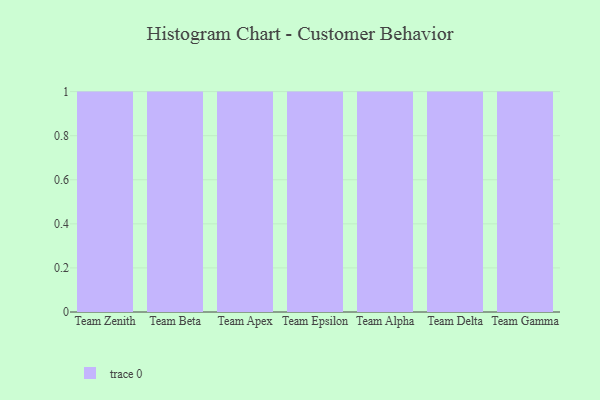
{"axis": {"x": "Team", "y": "Waste Production (Tons)"}, "legend": [""], "data": [{"x": "Team Zenith", "y": 19, "type": ""}, {"x": "Team Beta", "y": 68, "type": ""}, {"x": "Team Apex", "y": 74, "type": ""}, {"x": "Team Epsilon", "y": 48, "type": ""}, {"x": "Team Alpha", "y": 70, "type": ""}, {"x": "Team Delta", "y": 37, "type": ""}, {"x": "Team Gamma", "y": 34, "type": ""}]}